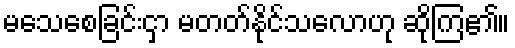
မသေစေခြင်းငှာ မတတ်နိုင်သလောဟု ဆိုကြ၏။